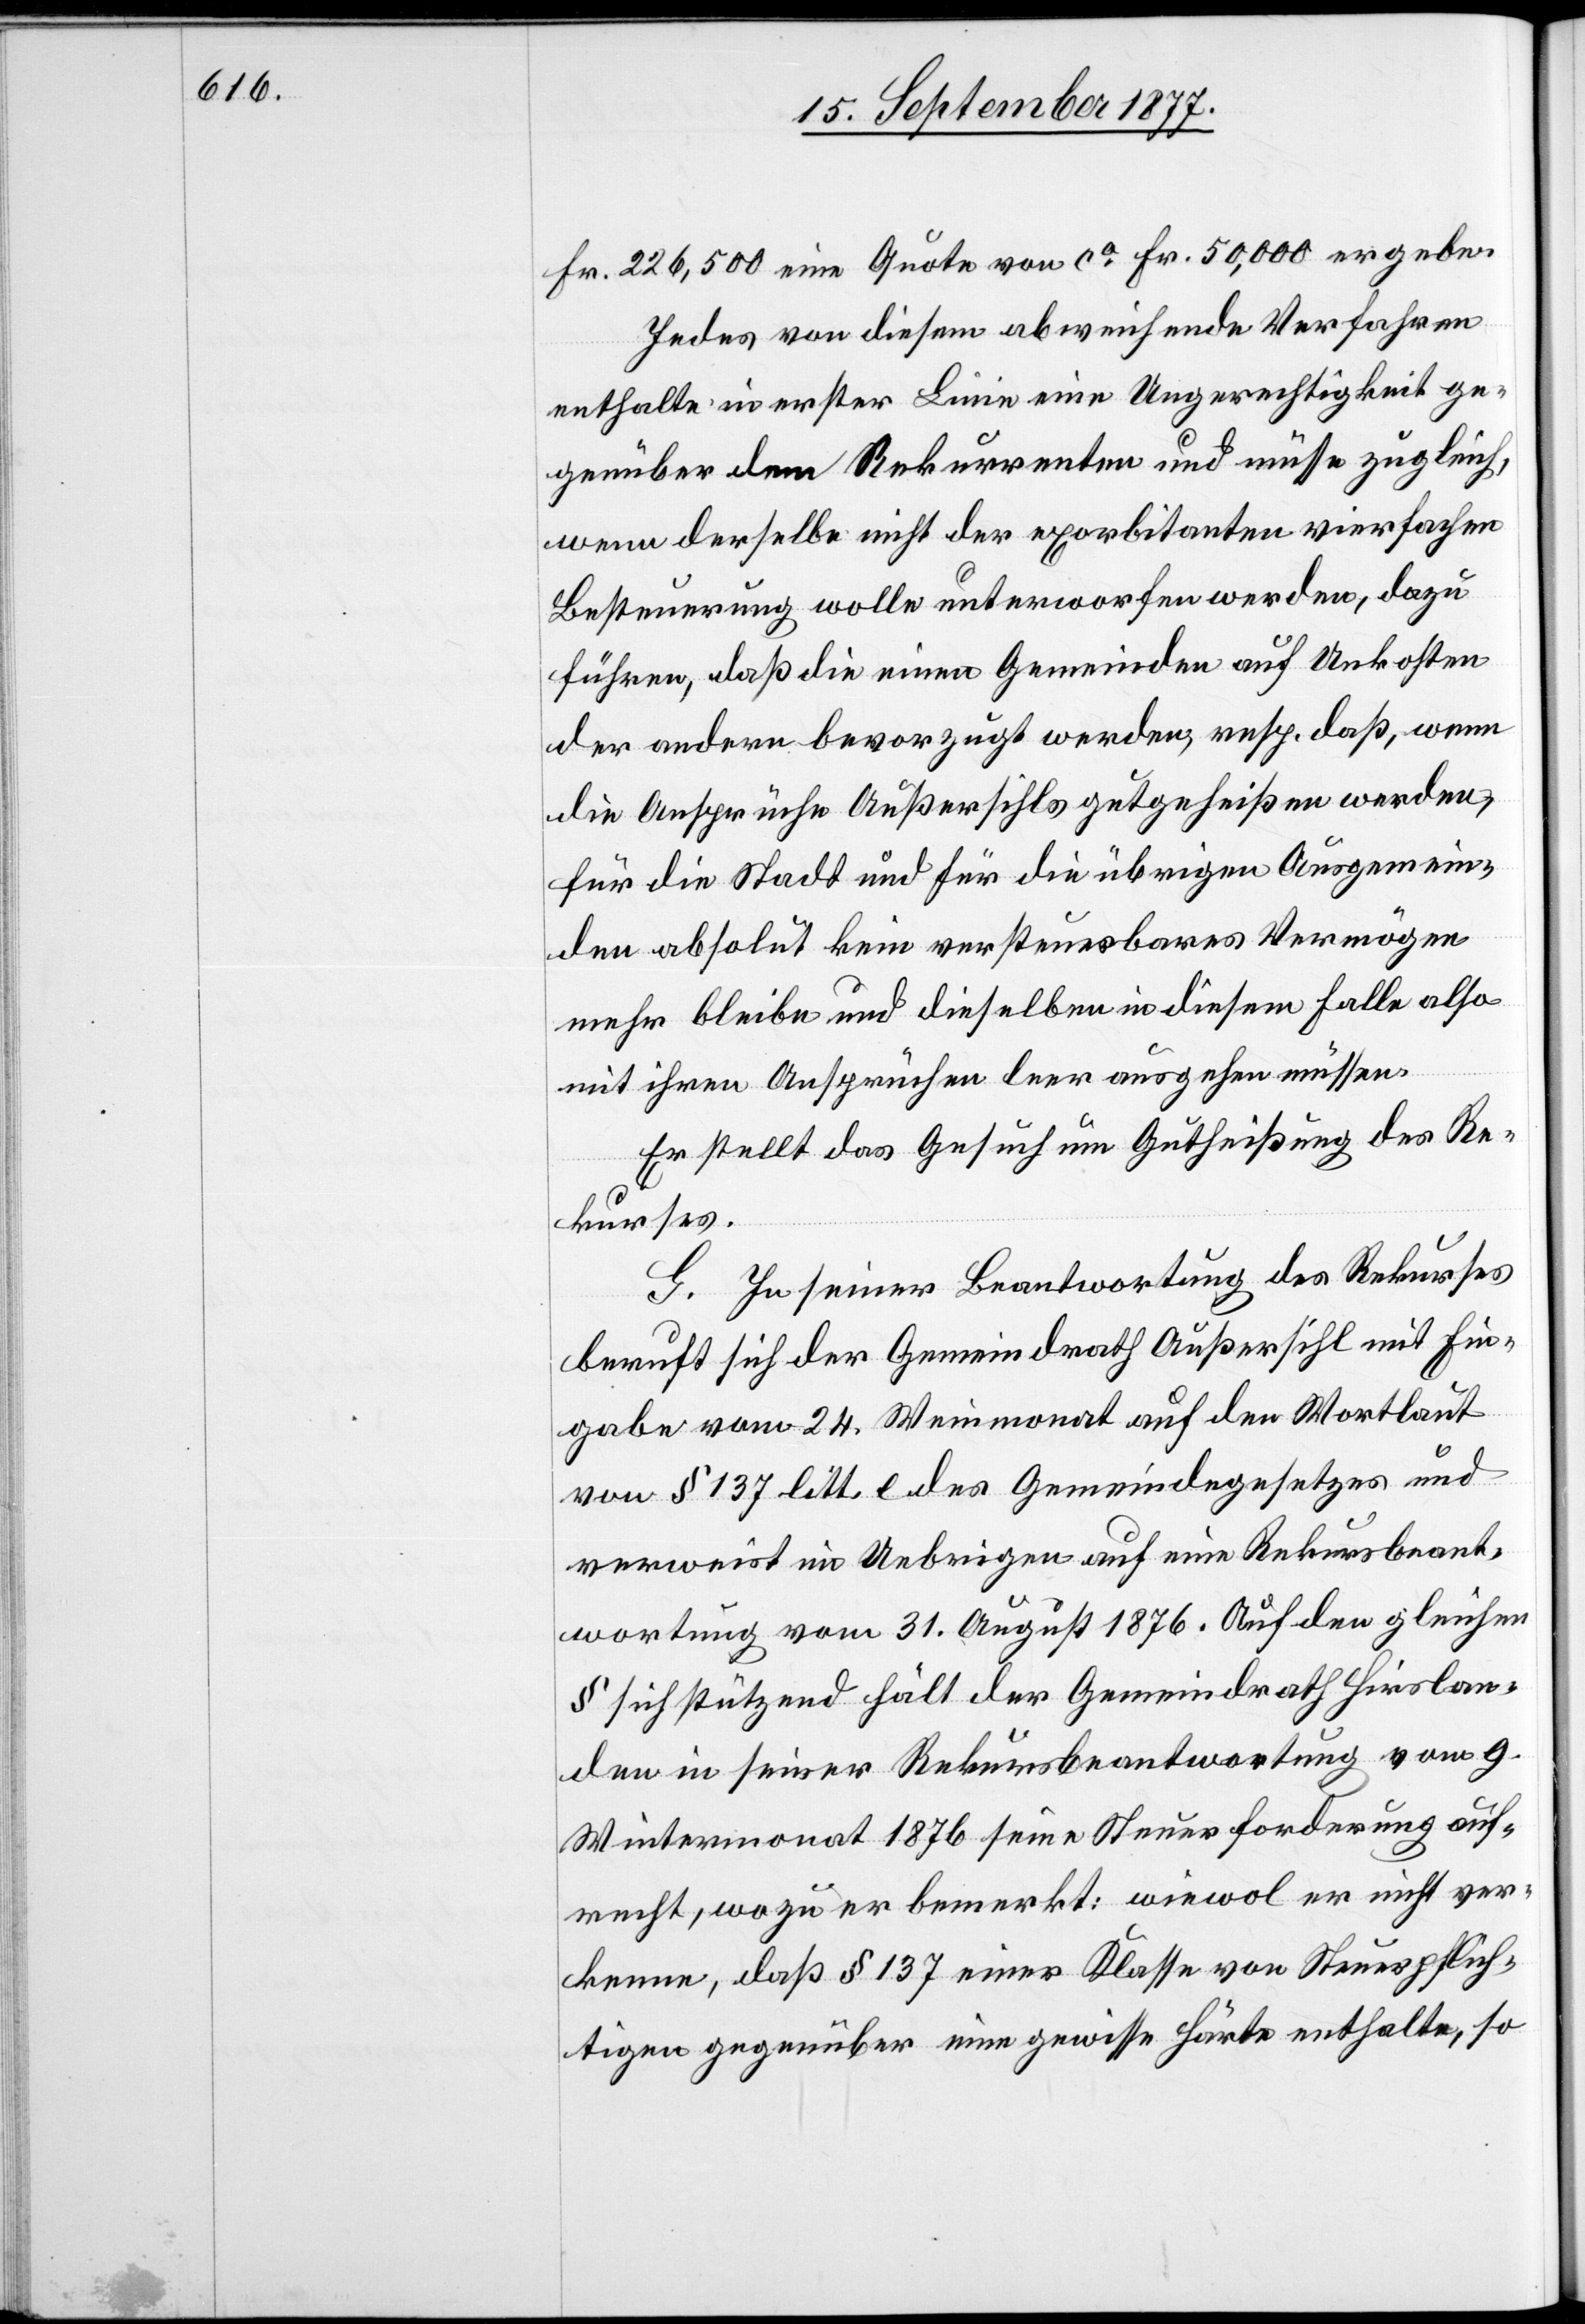
Fr. 226,500 eine Quote von ca Fr. 50,000 ergebe.
Jedes von diesem abweichende Verfahren
enthalte in erster Linie eine Ungerechtigkeit ge¬
genüber dem Rekurrenten und müsse zugleich,
wenn derselbe nicht der exorbitanten vierfachen
Besteuerung wolle unterworfen werden, dazu
führen, daß die einen Gemeinden auf Unkosten
der andern bevorzugt werden, resp. daß, wenn
die Ansprüche Außersihls gutgeheißen werden,
für die Stadt und für die übrigen Ausgemein¬
den absolut kein versteuerbares Vermögen
mehr bleibe und dieselben in diesem Falle also
mit ihren Ansprüchen leer ausgehen müssen.
Er stellt das Gesuch um Gutheißung des Re¬
kurses.
G. In seiner Beantwortung des Rekurses
beruft sich der Gemeindrath Außersihl mit Ein¬
gabe vom 24. Weinmonat auf den Wortlaut
von § 137 litt. e des Gemeindegesetzes und
verweist im Uebrigen auf eine Rekursbeant¬
wortung vom 31. August 1876. Auf den gleichen
§ sich stützend hält der Gemeindrath Hirslan¬
den in seiner Rekursbeantwortung vom 9.
Wintermonat 1876 seine Steuerforderung auf¬
recht, wozu er bemerkt: wiewol er nicht ver¬
kenne, daß § 137 einer Klasse von Steuerpflich¬
tigen gegenüber eine gewisse Härte enthalte, so